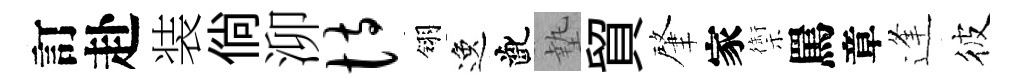
訂赴装倘泖恃翎逸齔墊貿肇家禦罵章逢彼